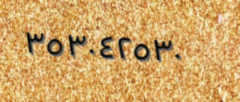
٣٥٣٠٤٢٥٣٠